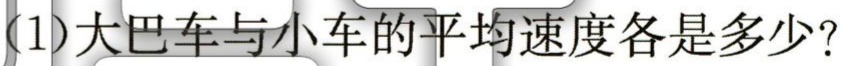
(1)大巴车与小车的平均速度各是多少?